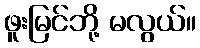
ဖူးမြင်ဘို့ မလွယ်။